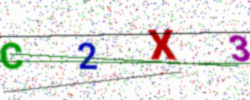
Text: C2X3